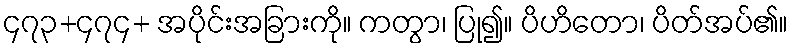
၄၇၃+၄၇၄+ အပိုင်းအခြားကို။ ကတွာ၊ ပြု၍။ ပိဟိတော၊ ပိတ်အပ်၏။